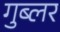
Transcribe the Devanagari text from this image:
गुब्लर